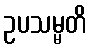
ဥပသမ္မတိ